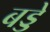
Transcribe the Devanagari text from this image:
बड्डे